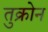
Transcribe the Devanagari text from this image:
तुक्रोन